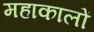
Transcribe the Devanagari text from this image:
महाकालों